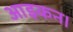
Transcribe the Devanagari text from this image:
आइकन।